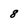
Character: 8